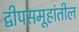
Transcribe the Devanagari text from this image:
द्वीपसमूहांतील